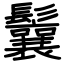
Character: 鬤